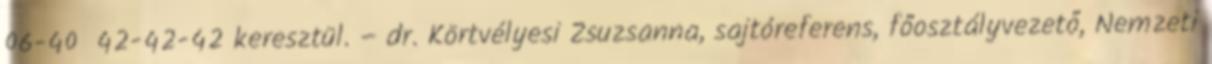
06-40 42-42-42 keresztül. – dr. Körtvélyesi Zsuzsanna, sajtóreferens, főosztályvezető, Nemzeti